Note on the mental hospitals in Burma - 1925-1940
Year: 1925
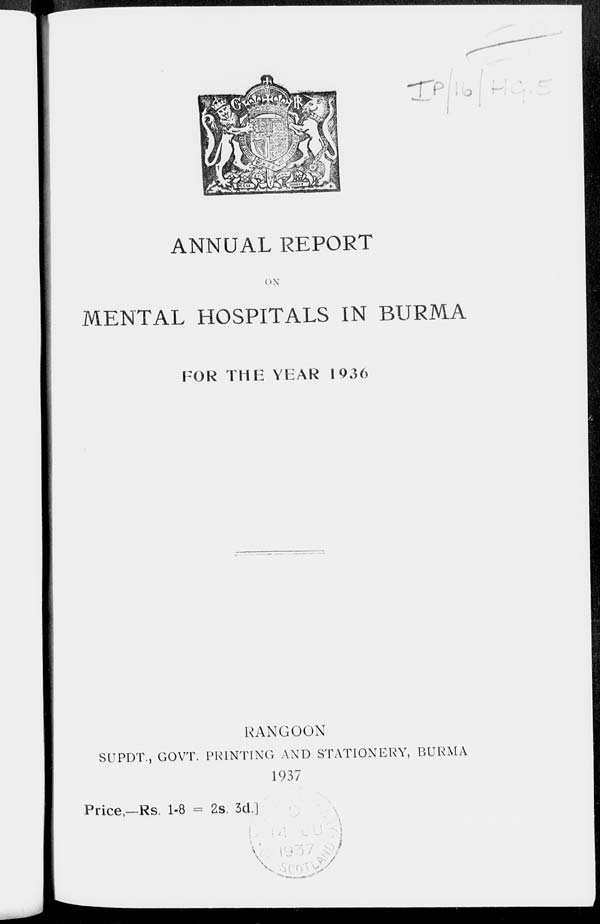
ANNUAL REPORT
ON
MENTAL HOSPITALS IN BURMA
FOR THE YEAR 1936
RANGOON
SUPDT., GOVT. PRINTING AND STATIONERY, BURMA
1937
Price,—Rs. 1-8 = 2s. 3d.]